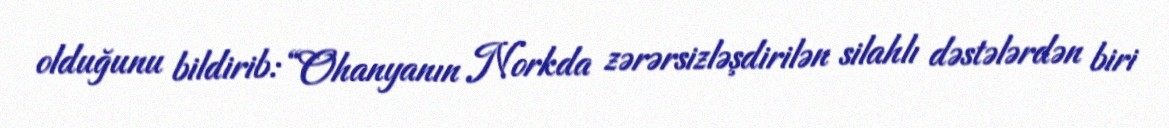
olduğunu bildirib: “Ohanyanın Norkda zərərsizləşdirilən silahlı dəstələrdən biri